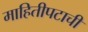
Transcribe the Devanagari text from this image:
माहितीपटाची